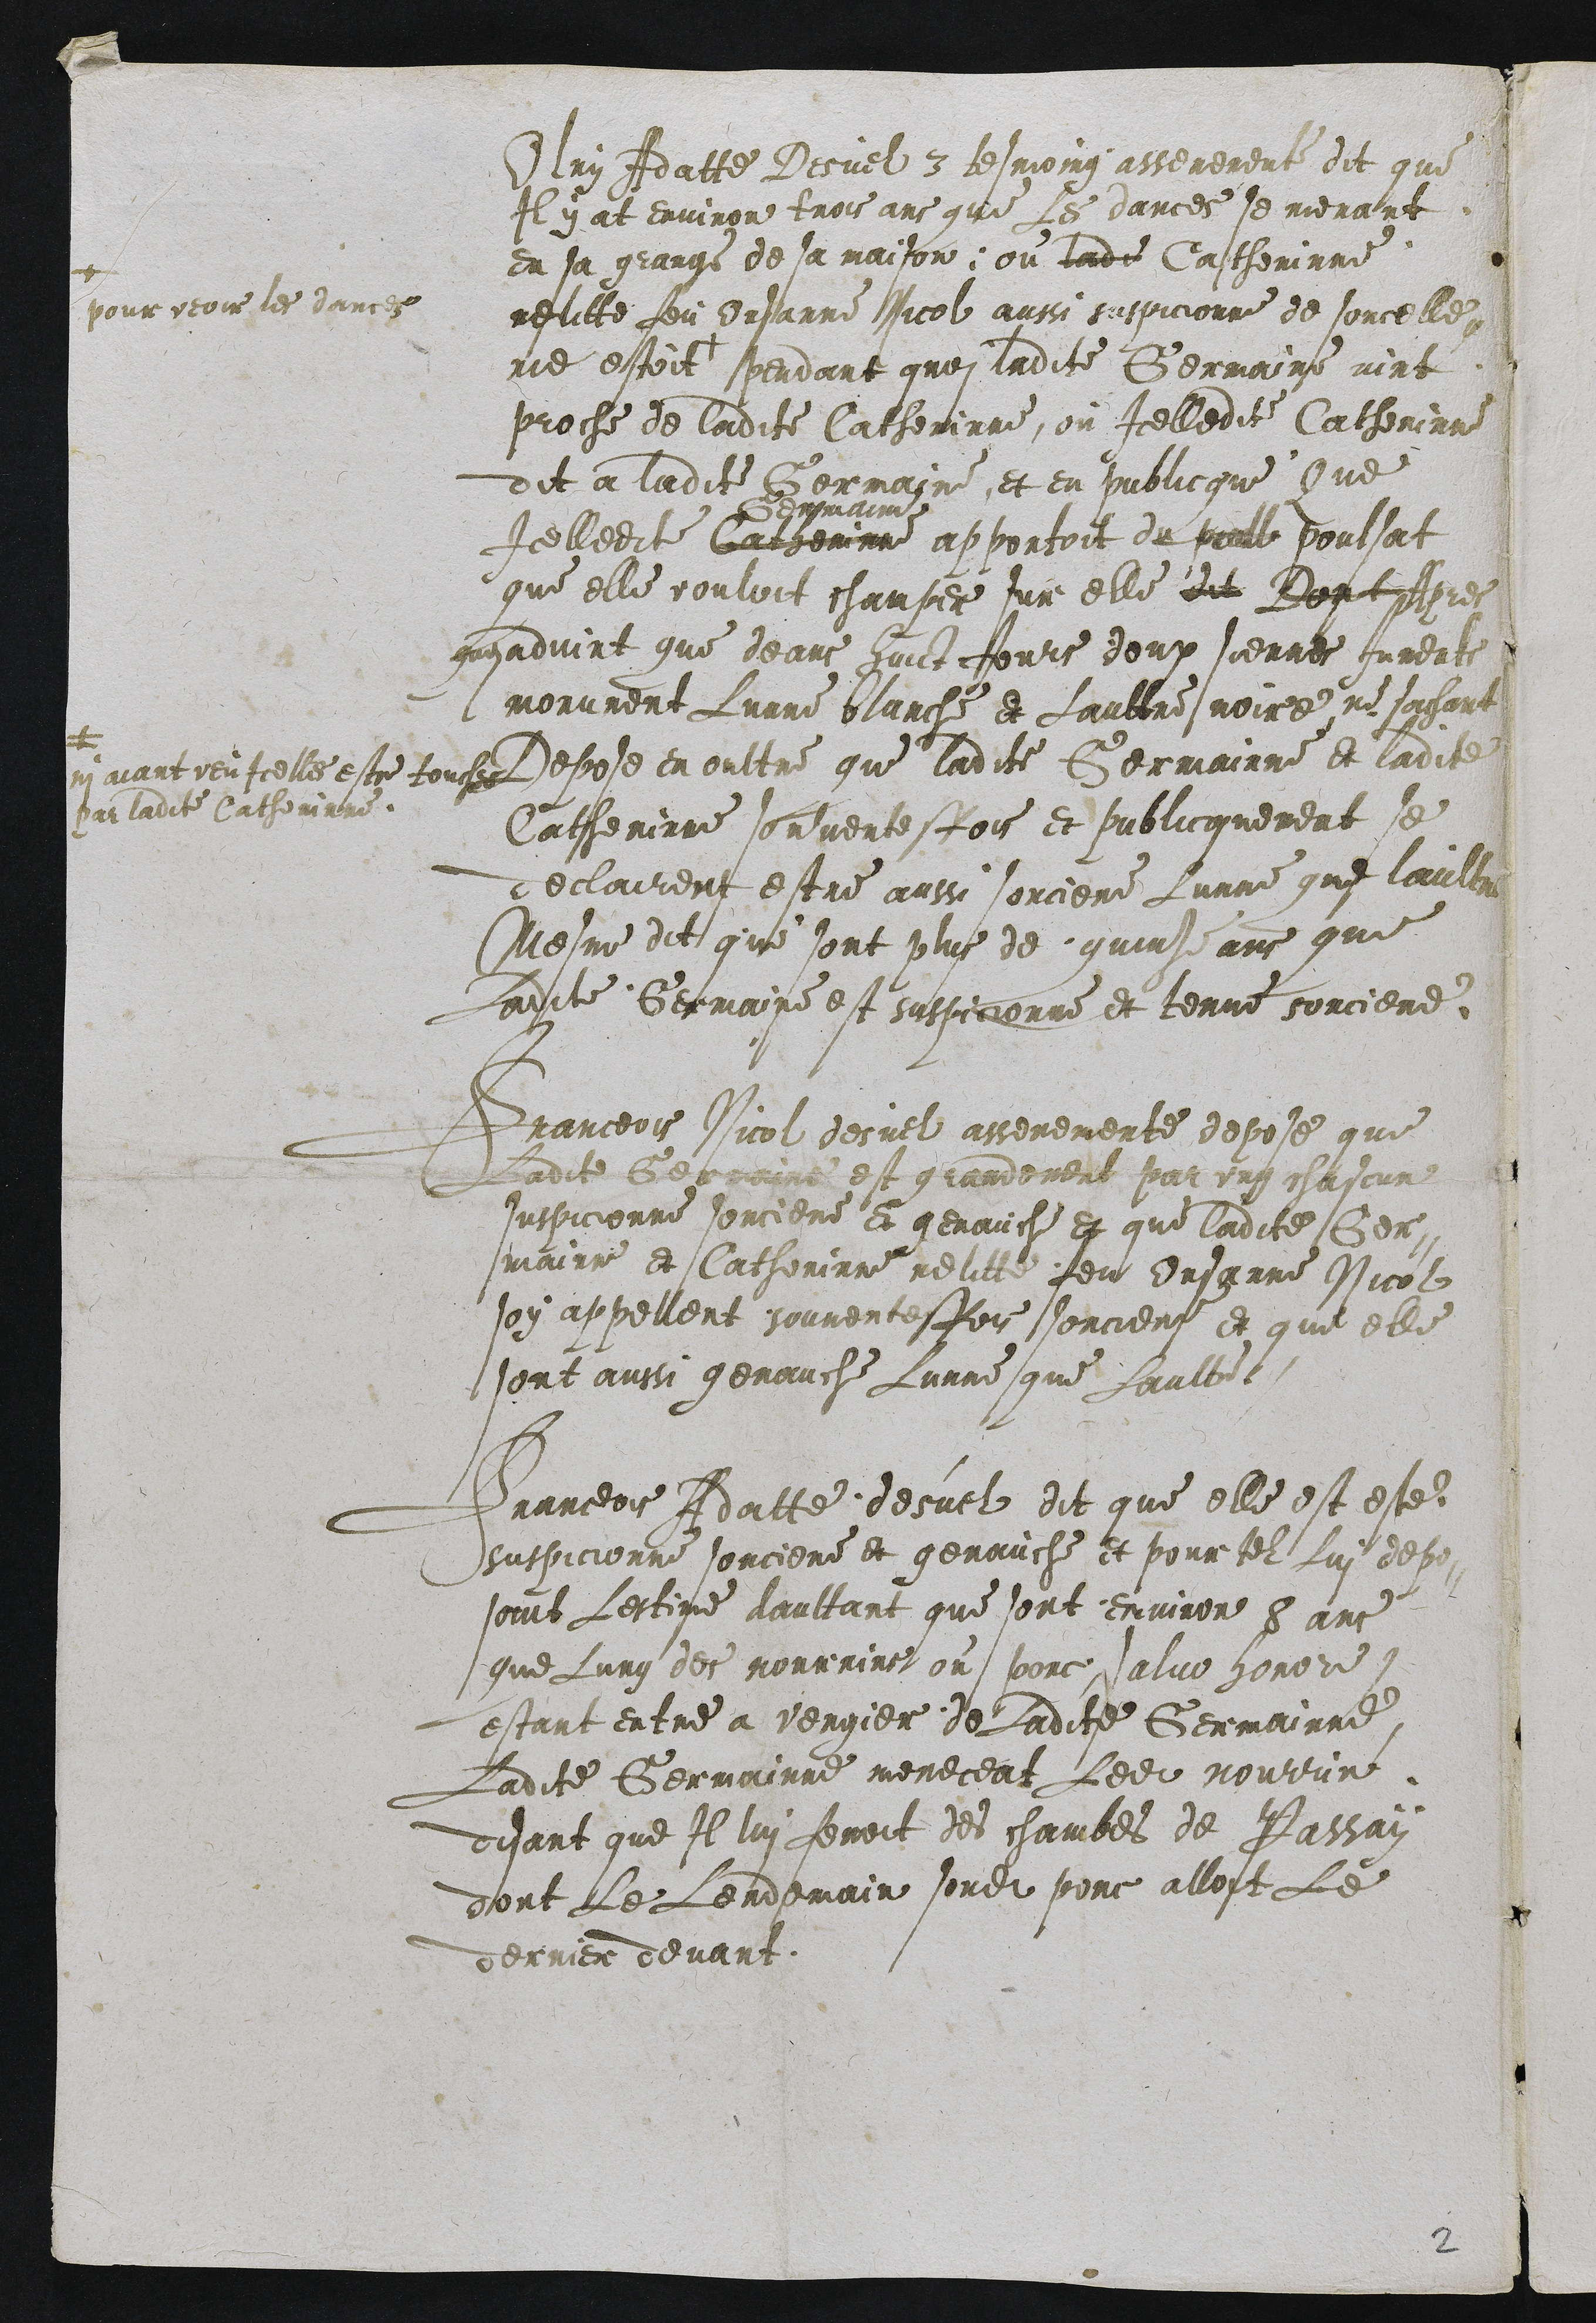
Olry Adatte Desvel 3 tesmoing asserement dit que
Il y at environ trois ans que les dances se menant
en sa grange de sa maison ou ladite Castherinne
reftitte feu Ursanne Nicol aussi suspicionne de soncelle
ne estoit +
aue
pour veoir les danche
pendant qros ladite Germaine vint
proche de ladite Catherinne, ou Icelledite Catherinne
dit a ladite Germaine et en publicque Que
Icelledit cacherinne
Germain
apportoit du poeule poulsat
que elle vouloit champer sur elle dit Boutres
ingadvint que deans huict Jours doup siennes Jumente
morurent Lunne blanche et Laultre noire, ne sochant
ny avant reuscelle estre touse
ou ladite Catherine
Depose en oultre que ladite Germainne et ladite
Catherinne sorvente scois et sublicquement se
declairent estre aussi sorciere Lunne que lauille
Mesme dit que sont plus de quinze ans que
Ladte Germaine est suspicionne et tenue sorciere

Franceois Nicol desuel asseremente depose que
Ladite Beoreiine est grandement par ung chascrne
suspicionne sorciere et genauche et que ladite Ceni
mainse et Catherinne relitee feu Ursanne Nicol
soy appellent souvencusfois sorciere et que elle
sont aussi genauche Lunne que Laulte

Franceois Adatte desuel dit que elle est este
suspicionne sorciere et genauche et pour tel lui depu
soirt lestime daultant que sont environ 8 ans
que Lung des mourrirs ou porc salve honore
estant entre a vergier de ladite Germainne
Ladite Germminre meneceat ledit pourrin
disant que Il lui femoit des chambes de Passain
dont le lendemain sondit pour allost Le
dernier devant.

2